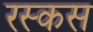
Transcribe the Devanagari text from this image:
रस्कस